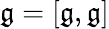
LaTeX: {\mathfrak{g}}=[{\mathfrak{g}},{\mathfrak{g}}]